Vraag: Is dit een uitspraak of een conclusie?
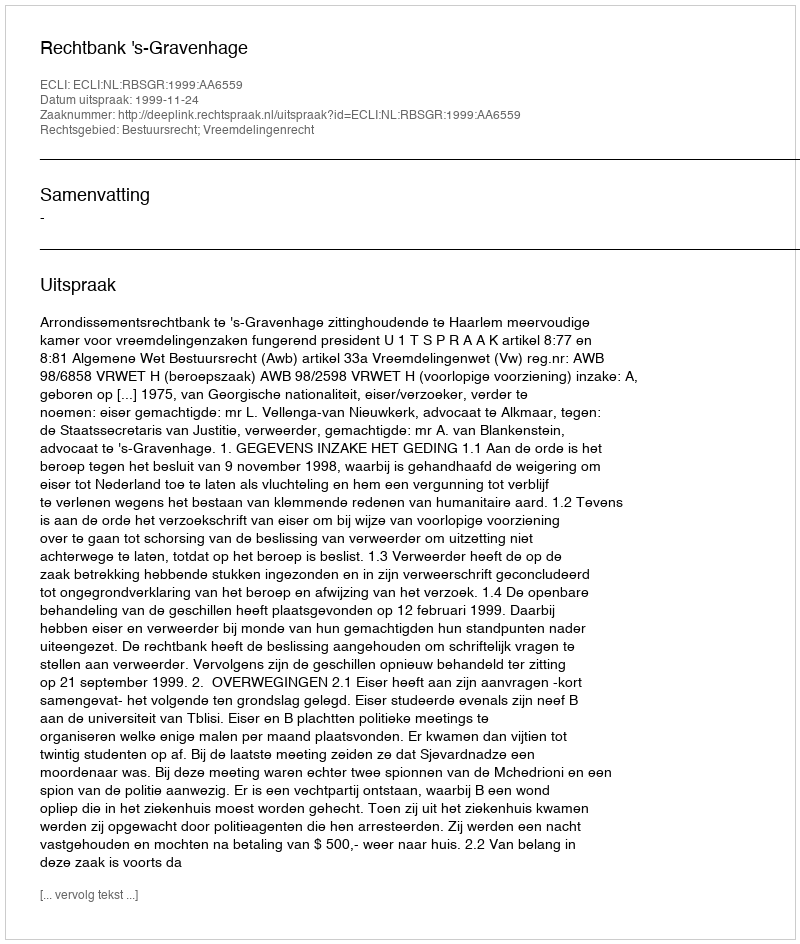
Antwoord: Uitspraak